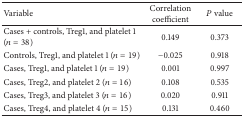
| Variable | Correlation coefficient | P value |
 | --- | --- | --- |
 | Cases + controls, Treg1, and platelet 1 (n = 38) | 0.149 | 0.373 |
 | Controls, Treg1, and platelet 1 (n = 19) | −0.025 | 0.918 |
 | Cases, Treg1, and platelet 1 (n = 19) | 0.001 | 0.997 |
 | Cases, Treg2, and platelet 2 (n = 16) | 0.108 | 0.535 |
 | Cases, Treg3, and platelet 3 (n = 16) | 0.020 | 0.911 |
 | Cases, Treg4, and platelet 4 (n = 15) | 0.131 | 0.460 |